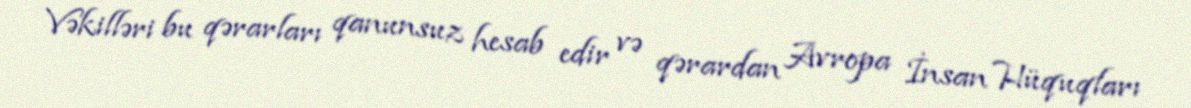
Vəkilləri bu qərarları qanunsuz hesab edir və qərardan Avropa İnsan Hüquqları